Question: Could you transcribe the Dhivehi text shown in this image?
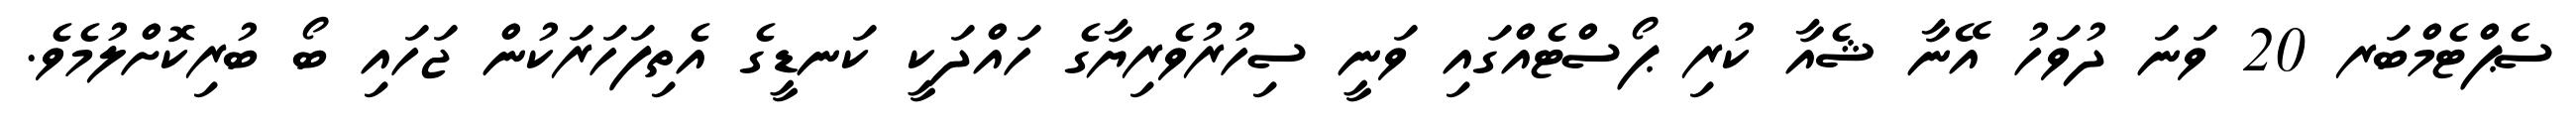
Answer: ސެޕްޓެމްބަރ 20 ވަނަ ދުވަހު އޭނާ ޝެއާ ކުރި ޕޯސްޓެއްގައި ވަނީ ސިހުރުވެރިޔާގެ ހައްދަކީ ކަނޑީގެ އެތިފަހަރަކުން ޖަހައި ބޯ ބުރިކޮށްލުމެވެ.